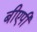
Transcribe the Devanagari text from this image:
बीएपी